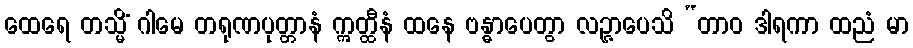
ထေရေ တသ္မိံ ဂါမေ တရုဏပုတ္တာနံ ဣတ္ထီနံ ထနေ ဗန္ဓာပေတွာ လဉ္ဇာပေသိ “တာဝ ဒါရကာ ထညံ မာ